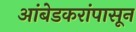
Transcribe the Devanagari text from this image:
आंबेडकरांपासून